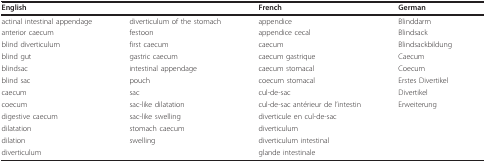
| English |  | French | German |
 | --- | --- | --- | --- |
 | actinal intestinal appendage | diverticulum of the stomach | appendice | Blinddarm |
 | anterior caecum | festoon | appendice cecal | Blindsack |
 | blind diverticulum | first caecum | caecum | Blindsackbildung |
 | blind gut | gastric caecum | caecum gastrique | Caecum |
 | blindsac | intestinal appendage | caecum stomacal | Coecum |
 | blind sac | pouch | coecum stomacal | Erstes Divertikel |
 | caecum | sac | cul-de-sac | Divertikel |
 | coecum | sac-like dilatation | cul-de-sac antérieur de l'intestin | Erweiterung |
 | digestive caecum | sac-like swelling | diverticule en cul-de-sac |  |
 | dilatation | stomach caecum | diverticulum |  |
 | dilation | swelling | diverticulum intestinal |  |
 | diverticulum |  | glande intestinale |  |